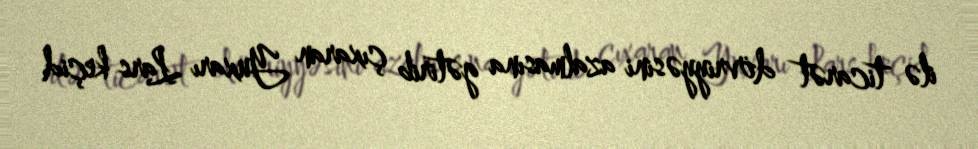
ilə ticarət dövriyyəsini azalmasına gətirib çıxaran Yuxarı Lars keçid